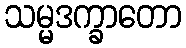
သမ္မဒက္ခာတော